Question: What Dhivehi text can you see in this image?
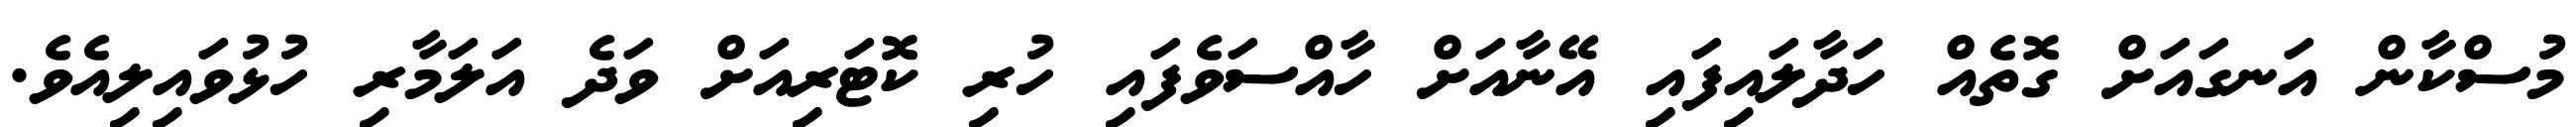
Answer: މުސްކާން އަނގައަށް ގޮތެއް ހަދާލައިފައި އޭނާއަށް ހާއްސަވެފައި ހުރި ކޮޓަރިއަށް ވަދެ އަލަމާރި ހުޅުވައިލިއެވެ.